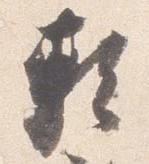
頼